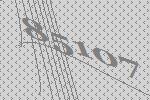
85107